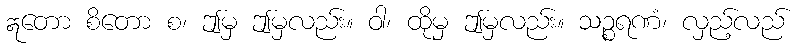
ဣတော စိတော စ၊ ဤမှ ဤမှလည်း။ ဝါ၊ ထိုမှ ဤမှလည်း။ သဉ္စရဏံ၊ လှည့်လည်